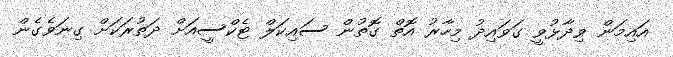
އައިމަން ވިދާޅުވީ ގަވައިދު މިހާރު އޮތް ގޮތުން ސައިކަލް ޓެކްސީއަށް ދަތުރަކަށް ގިނަވެގެން